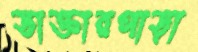
ডাক্তারপাড়া